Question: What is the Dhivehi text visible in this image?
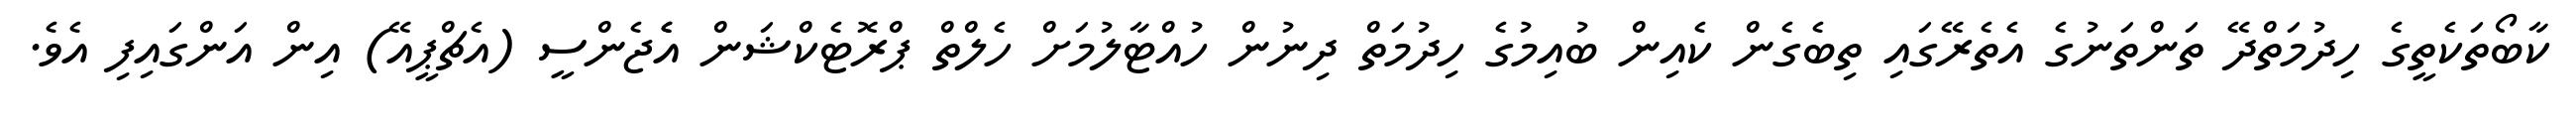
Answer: ކާބޯތަކެތީގެ ހިދުމަތްދޭ ތަންތަނުގެ އެތެރޭގައި ތިބެގެން ކެއިން ބުއިމުގެ ހިދުމަތް ދިނުން ހުއްޓާލުމަށް ހެލްތް ޕްރޮޓެކްޝަން އެެޖެންސީ (އެޗްޕީއޭ) އިން އަންގައިފި އެވެ.